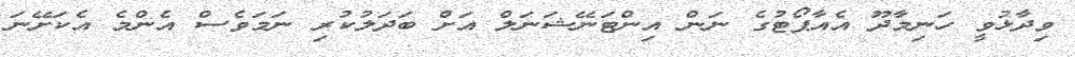
ވިދާޅުވީ ހަނިމާދޫ އެއާޕޯޓުގެ ނަން އިންޓަނޭޝަނަލް އަށް ބަދަލުކުރި ނަމަވެސް އެންމެ އެކަށޭނަ